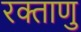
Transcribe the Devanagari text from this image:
रक्ताणु